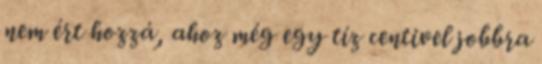
nem ért hozzá, ahoz még egy tíz centivel jobbra